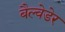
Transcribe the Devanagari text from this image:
बैल्वेडेर